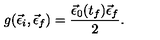
g ( \vec { \epsilon } _ { i } , \vec { \epsilon } _ { f } ) = \frac { \vec { \epsilon } _ { 0 } ( t _ { f } ) \vec { \epsilon } _ { f } } { 2 } .